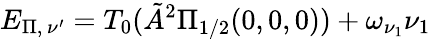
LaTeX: E_{\Pi,\, \nu^{\prime}}=T_{0}(\tilde{A}^{2}\Pi_{1/2}(0,0,0))+\omega_{\nu_{1}}\nu_{1}